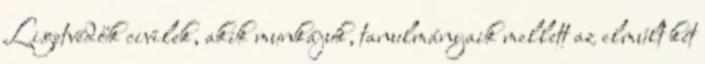
Ligetvédők civilek, akik munkájuk, tanulmányaik mellett az elmúlt két